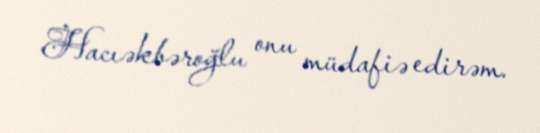
Hacıəkbəroğlu onu müdafiə edirəm.